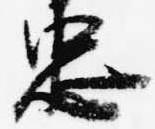
忠